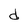
Character: d